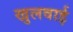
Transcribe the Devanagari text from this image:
खुलवाई